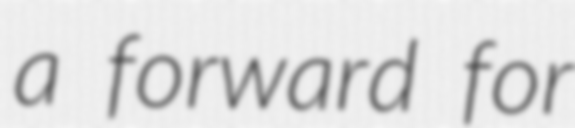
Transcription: a forward for